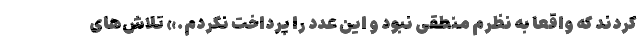
کردند که واقعا به نظرم منطقی نبود و این عدد را پرداخت نکردم.» تلاش‌های